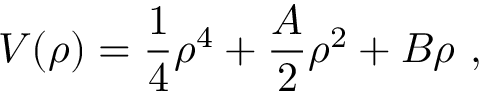
{ \cal V } ( \rho ) = { \frac { 1 } { 4 } } \rho ^ { 4 } + { \frac { A } { 2 } } \rho ^ { 2 } + B \rho \ ,